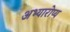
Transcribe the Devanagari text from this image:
अभ्यारोप्य